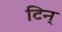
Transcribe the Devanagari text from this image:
टिन्